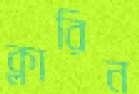
ক্লারিন